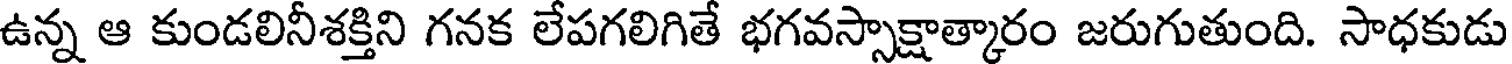
ఉన్న ఆ కుండలినీశక్తిని గనక లేపగలిగితే భగవస్సాక్షాత్కారం జరుగుతుంది. సాధకుడు